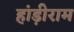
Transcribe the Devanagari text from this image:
हांड़ीराम